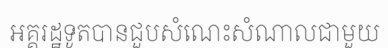
អគ្គរដ្ឋទូតបានជួបសំណេះសំណាលជាមួយ